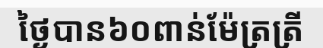
ថ្ងៃបាន៦០ពាន់ម៉ែត្រត្រី